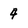
Character: 4